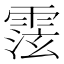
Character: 𩃚